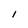
Character: 1